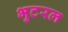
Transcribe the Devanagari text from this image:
भुटरल